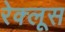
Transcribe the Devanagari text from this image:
रेक्लूस